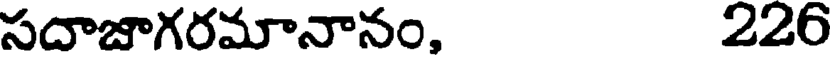
సదాజాగరమానానం, 226